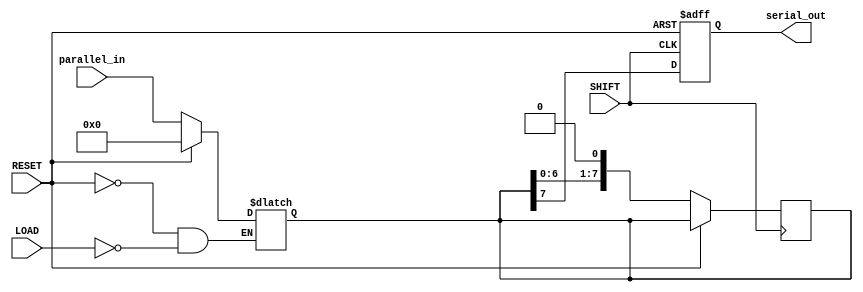
module PISO_Register (
    input wire [N-1:0] parallel_in,   // Parallel data input
    input wire LOAD,                  // Load signal
    input wire SHIFT,                 // Shift signal
    input wire RESET,                 // Asynchronous reset signal
    output reg serial_out             // Serial data output
);
    parameter N = 8;                  // Define the width of the register (N bits)
    
    reg [N-1:0] shift_reg;            // Shift register to hold the data

    // Asynchronous reset and loading data
    always @(*) begin
        if (RESET) begin
            shift_reg <= {N{1'b0}};    // Clear the register
        end else if (LOAD) begin
            shift_reg <= parallel_in;  // Load data in parallel
        end
    end

    // Shifting data out serially
    always @(posedge SHIFT or posedge RESET) begin
        if (RESET) begin
            serial_out <= 1'b0;        // Reset output
        end else begin
            serial_out <= shift_reg[N-1]; // Output MSB
            shift_reg <= {shift_reg[N-2:0], 1'b0}; // Shift left and insert 0 at LSB
        end
    end

endmodule